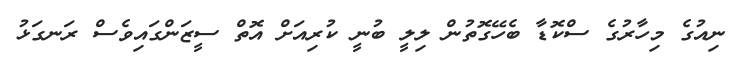
ނިއުގެ މިހާރުގެ ސްކޮޑާ ބެހޭގޮތުން ލިލީ ބުނީ ކުރިއަށް އޮތް ސީޒަންގައިވެސް ރަނގަޅު